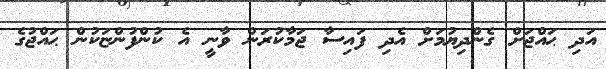
އަދި ޙައްޖަށް ގެންދިޔުމަށް އެދި ފައިސާ ޖަމާކުރަން ވާނީ އެ ކުންފުންޏަކުން ޙައްޖުގެ